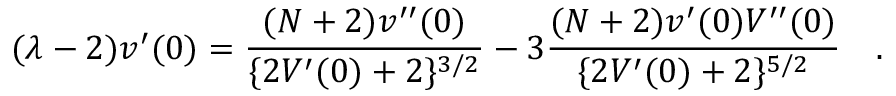
( \lambda - 2 ) v ^ { \prime } ( 0 ) = \frac { ( N + 2 ) v ^ { \prime \prime } ( 0 ) } { \{ 2 V ^ { \prime } ( 0 ) + 2 \} ^ { 3 / 2 } } - 3 \frac { ( N + 2 ) v ^ { \prime } ( 0 ) V ^ { \prime \prime } ( 0 ) } { \{ 2 V ^ { \prime } ( 0 ) + 2 \} ^ { 5 / 2 } } \quad .